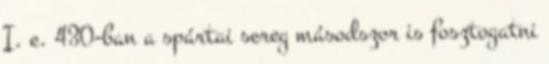
I. e. 430-ban a spártai sereg másodszor is fosztogatni